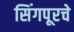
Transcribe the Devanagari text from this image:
सिंगपूरचे